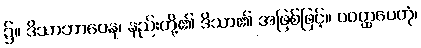
၌။ ဒိသာဘာဝေန၊ နည်းတို့၏ ဒိသာ၏ အဖြစ်ဖြင့်။ ဝဝတ္ထပေတုံ၊